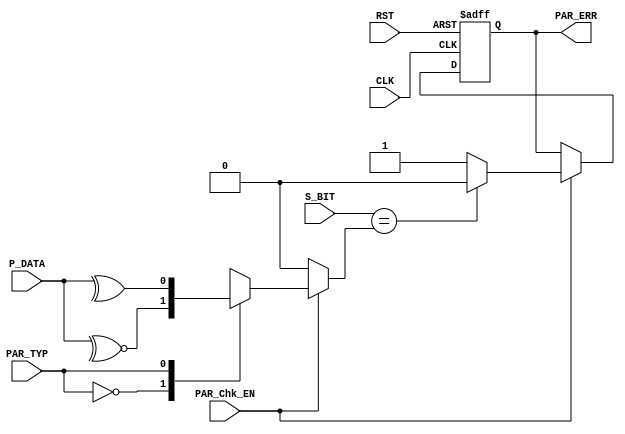
module RX_ParityCheck (
 input  wire       S_BIT,
 input  wire       PAR_Chk_EN,
 input  wire       PAR_TYP,
 input  wire [7:0] P_DATA,
 input  wire       CLK,RST,
 output reg        PAR_ERR
 );
 reg        PAR_BIT ;
 localparam even = 0;
 localparam odd  = 1;
 
 always @ (*)
  begin
   if(PAR_Chk_EN)
    begin
     case(PAR_TYP)
      even: PAR_BIT = ~^(P_DATA) ;
      odd : PAR_BIT =  ^(P_DATA) ;
     endcase
    end
   else
    PAR_BIT = 0 ;
  end
 
 always @ (posedge CLK, negedge RST)
  begin
   if(!RST)
    PAR_ERR <= 0 ;
   else if(PAR_Chk_EN)
    PAR_ERR <= (S_BIT==PAR_BIT)? 0 : 1 ;
  end 

endmodule